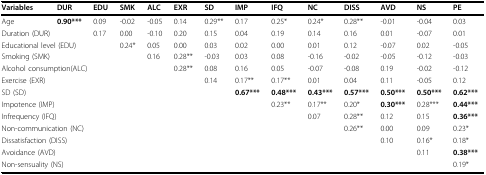
<table><thead><tr><td><b>Variables</b></td><td><b>DUR</b></td><td><b>EDU</b></td><td><b>SMK</b></td><td><b>ALC</b></td><td><b>EXR</b></td><td><b>SD</b></td><td><b>IMP</b></td><td><b>IFQ</b></td><td><b>NC</b></td><td><b>DISS</b></td><td><b>AVD</b></td><td><b>NS</b></td><td><b>PE</b></td></tr></thead><tbody><tr><td>Age</td><td><b>0.90***</b></td><td>0.09</td><td>-0.02</td><td>-0.05</td><td>0.14</td><td>0.29**</td><td>0.17</td><td>0.25*</td><td>0.24*</td><td>0.28**</td><td>-0.01</td><td>-0.04</td><td>0.03</td></tr><tr><td colspan="2">Duration (DUR)</td><td>0.17</td><td>0.00</td><td>-0.10</td><td>0.20</td><td>0.15</td><td>0.04</td><td>0.19</td><td>0.14</td><td>0.16</td><td>0.01</td><td>-0.07</td><td>0.01</td></tr><tr><td colspan="3">Educational level (EDU)</td><td>0.24*</td><td>0.05</td><td>0.00</td><td>0.03</td><td>0.02</td><td>0.00</td><td>0.01</td><td>0.12</td><td>-0.07</td><td>0.02</td><td>-0.05</td></tr><tr><td colspan="2">Smoking (SMK)</td><td></td><td></td><td>0.16</td><td>0.28**</td><td>-0.03</td><td>0.03</td><td>0.08</td><td>-0.16</td><td>-0.02</td><td>-0.05</td><td>-0.12</td><td>-0.03</td></tr><tr><td colspan="5">Alcohol consumption(ALC)</td><td>0.28**</td><td>0.08</td><td>0.16</td><td>0.05</td><td>-0.07</td><td>-0.08</td><td>0.19</td><td>-0.02</td><td>-0.12</td></tr><tr><td>Exercise (EXR)</td><td></td><td></td><td></td><td></td><td></td><td>0.14</td><td>0.17**</td><td>0.17**</td><td>0.01</td><td>0.04</td><td>0.11</td><td>-0.05</td><td>0.12</td></tr><tr><td colspan="3">SD (SD)</td><td></td><td></td><td></td><td></td><td><b>0.67***</b></td><td><b>0.48***</b></td><td><b>0.43***</b></td><td><b>0.57***</b></td><td><b>0.50***</b></td><td><b>0.50***</b></td><td><b>0.62***</b></td></tr><tr><td colspan="2">Impotence (IMP)</td><td></td><td></td><td></td><td></td><td></td><td></td><td>0.23**</td><td>0.17**</td><td>0.20*</td><td><b>0.30***</b></td><td>0.28***</td><td><b>0.44***</b></td></tr><tr><td colspan="2">Infrequency (IFQ)</td><td></td><td></td><td></td><td></td><td></td><td></td><td></td><td>0.07</td><td>0.28**</td><td>0.12</td><td>0.15</td><td><b>0.36***</b></td></tr><tr><td colspan="3">Non-communication (NC)</td><td></td><td></td><td></td><td></td><td></td><td></td><td></td><td>0.26**</td><td>0.00</td><td>0.09</td><td>0.23*</td></tr><tr><td colspan="2">Dissatisfaction (DISS)</td><td></td><td></td><td></td><td></td><td></td><td></td><td></td><td></td><td></td><td>0.10</td><td>0.16*</td><td>0.18*</td></tr><tr><td colspan="3">Avoidance (AVD)</td><td></td><td></td><td></td><td></td><td></td><td></td><td></td><td></td><td></td><td>0.11</td><td><b>0.38***</b></td></tr><tr><td colspan="2">Non-sensuality (NS)</td><td></td><td></td><td></td><td></td><td></td><td></td><td></td><td></td><td></td><td></td><td></td><td>0.19*</td></tr></tbody></table>